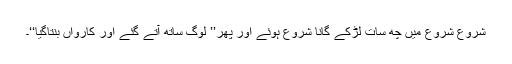
شروع شروع میں چھ سات لڑکے گانا شروع ہوئے اور پھر’’ لوگ ساتھ آتے گئے اور کارواں بنتاگیا‘‘۔